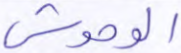
الوحوش